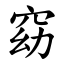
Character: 窈